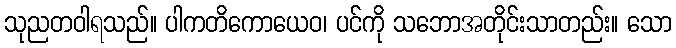
သုညတဝါရသည်။ ပါကတိကောယေဝ၊ ပင်ကို သဘောအတိုင်းသာတည်း။ သော